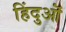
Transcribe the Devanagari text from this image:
हिंदुऒं